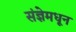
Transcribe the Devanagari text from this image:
संज्ञेमधून